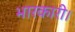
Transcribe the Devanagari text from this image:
भारकारी।